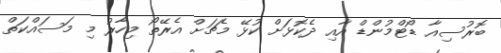
ބޮރުސިއާ ޑޯޓްމުންޑް އާއި ދެކޮޅަށް ކުޅޭ މެޗަށް އެރޭތޯ މިހާރު މި މަސައްކަތް